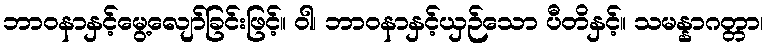
ဘာဝနာနှင့်မွေ့လျော်ခြင်းဖြင့်။ ဝါ၊ ဘာဝနာနှင့်ယှဉ်သော ပီတိနှင့်။ သမန္နာဂတ္တာ၊